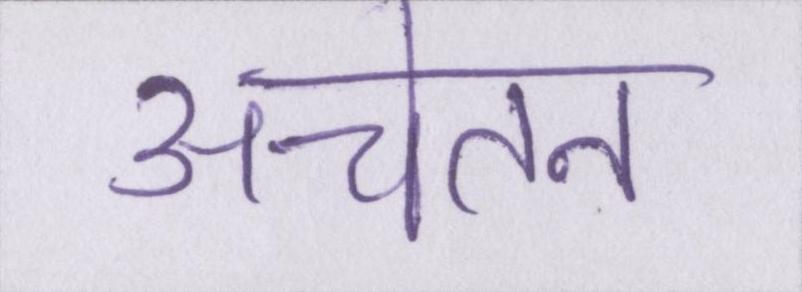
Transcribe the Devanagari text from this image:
अचेतन